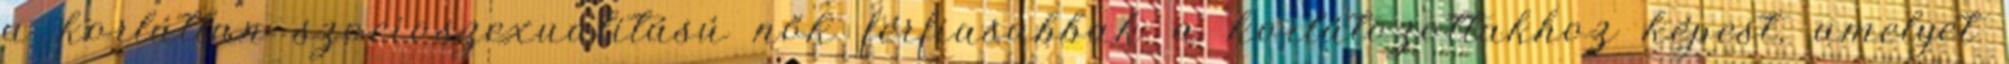
a korlátlan szocioszexualitású nők férﬁasabbak a korlátozottakhoz képest, amelyet